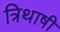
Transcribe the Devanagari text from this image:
त्रिथाषी